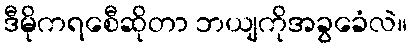
ဒီမိုကရစေီဆိုတာ ဘယျကိုအခွခေံလဲ။